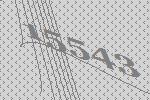
15543